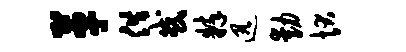
革供或粹迅动状